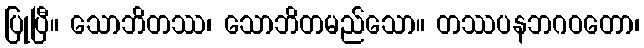
ပြုပြီ။ သောဘိတဿ၊ သောဘိတမည်သော။ တဿပနဘဂဝတော၊